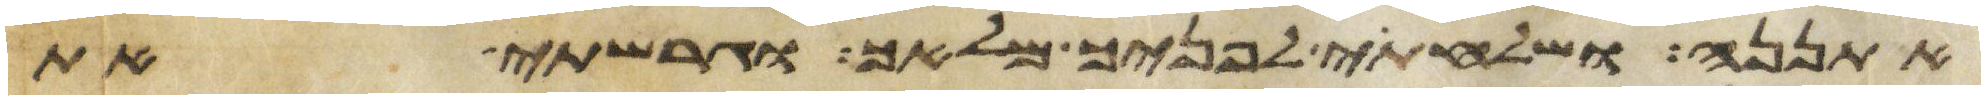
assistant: אתננה ושלחתי לפניך מלאך וגרשתי את